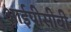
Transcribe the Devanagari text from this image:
आईपीसीबी